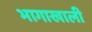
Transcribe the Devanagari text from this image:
भागाखाली